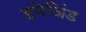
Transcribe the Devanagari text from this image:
इमेजिंड